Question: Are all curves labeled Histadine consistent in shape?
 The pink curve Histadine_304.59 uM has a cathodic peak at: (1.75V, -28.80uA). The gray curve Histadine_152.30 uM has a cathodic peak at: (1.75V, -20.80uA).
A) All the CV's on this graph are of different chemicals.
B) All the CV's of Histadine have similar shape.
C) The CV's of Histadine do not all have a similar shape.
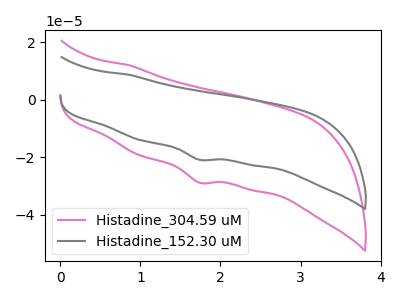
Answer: <think>All the peaks in "Histadine_304.59 uM" have a peak in "Histadine_152.30 uM" at the same potential. Every peak in "Histadine_304.59 uM" is higher than every peak in "Histadine_152.30 uM".
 </think>
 <answer>B) All the CV's of "Histadine" have similar shape.</answer>
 <eval>B</eval>